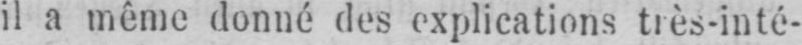
il a même donné des explications très-inté-